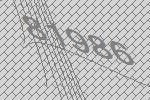
81986